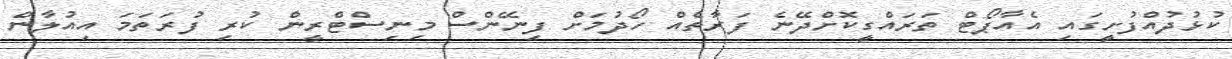
ކުޅުދުއްފުށީގައި އެއާޕޯޓް ތަރައްގީކޮށްދޭނެ ފަރާތެއް ހޯދުމަށް ފިނޭންސް މިނިސްޓްރީން ކުރި ފުރަތަމަ އިއުލާން